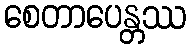
စေတာပေန္တဿ